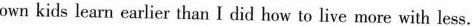
own kids learn earlier than I did how to live more with less.